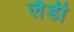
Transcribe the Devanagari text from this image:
लेँडी